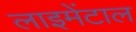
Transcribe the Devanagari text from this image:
लाइमेंटाल